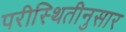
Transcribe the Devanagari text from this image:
परीस्थितीनुसार